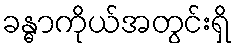
ခန္ဓာကိုယ်အတွင်းရှိ